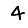
Digit: 4